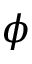
\phi